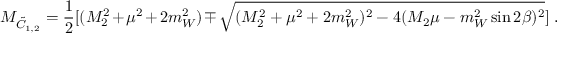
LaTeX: M _ { { \tilde { C } } _ { 1 , 2 } } = { \frac { 1 } { 2 } } [ ( M _ { 2 } ^ { 2 } + \mu ^ { 2 } + 2 m _ { W } ^ { 2 } ) \mp \sqrt { ( M _ { 2 } ^ { 2 } + \mu ^ { 2 } + 2 m _ { W } ^ { 2 } ) ^ { 2 } - 4 ( M _ { 2 } \mu - m _ { W } ^ { 2 } \sin 2 \beta ) ^ { 2 } } ] \ .